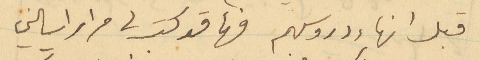
قبل انهاء دروسهم فها قد كتب لي مرارا يسالني